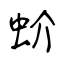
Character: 蚧